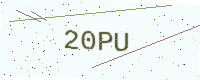
Text: 20PU